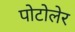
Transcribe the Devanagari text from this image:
पोटोलेर